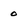
Character: o